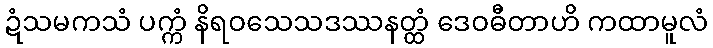
ဍံသမကသံ ပက္ကံ နိရဝသေသဒဿနတ္ထံ ဒေဝဓီတာဟိ ကထာမူလံ